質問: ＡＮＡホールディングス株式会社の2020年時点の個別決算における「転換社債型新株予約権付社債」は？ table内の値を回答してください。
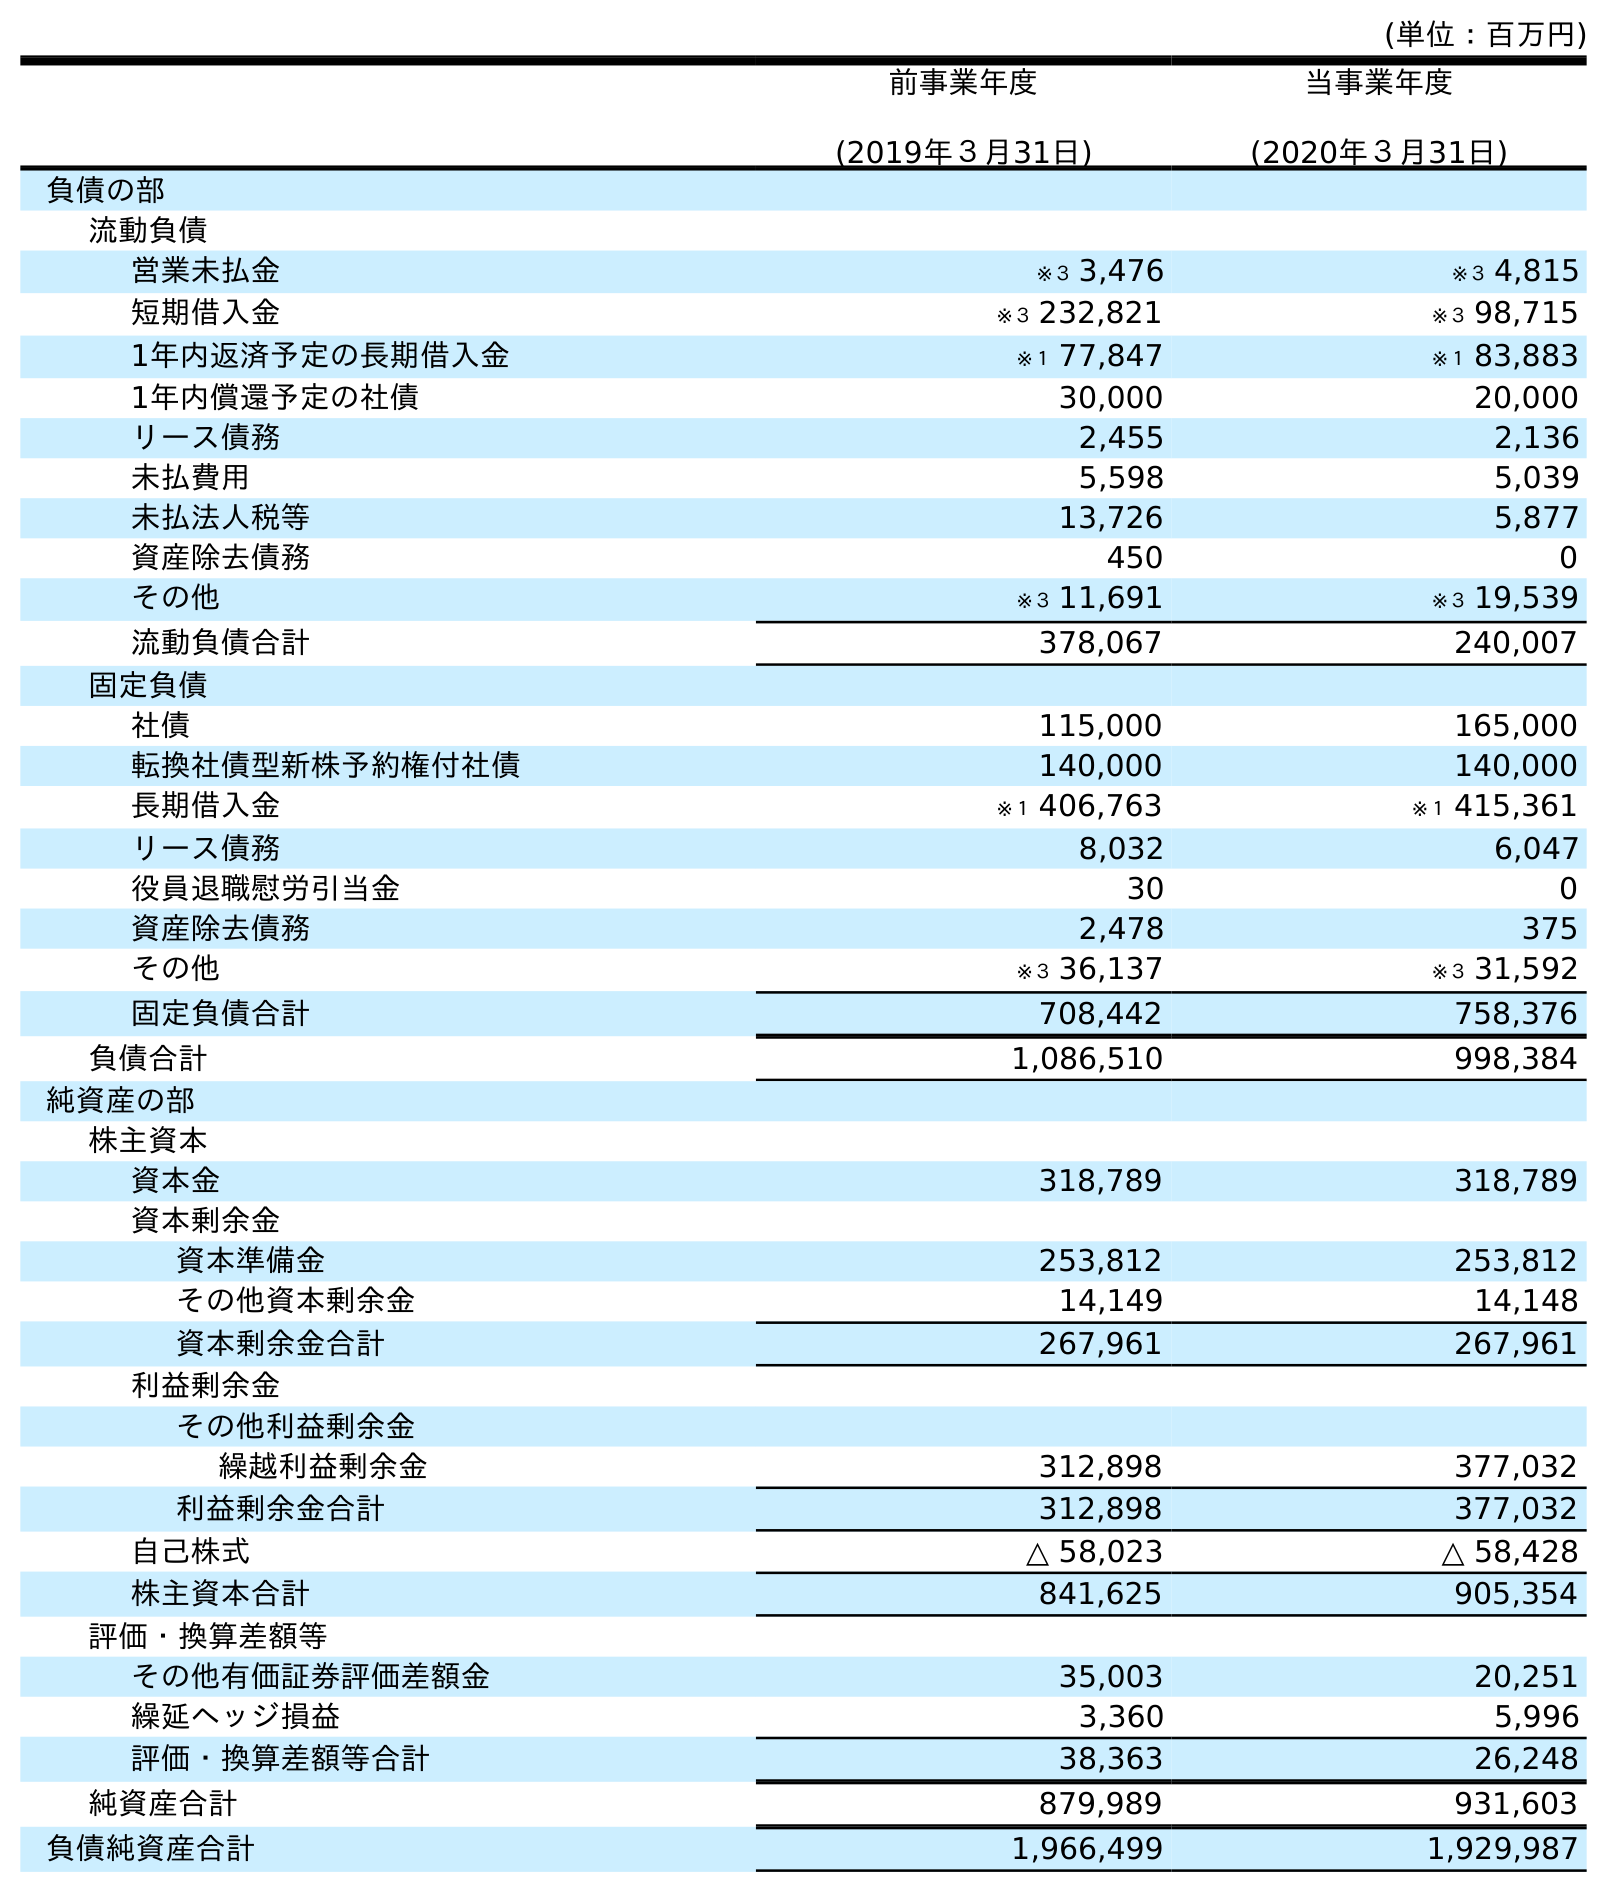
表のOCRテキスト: (単位：百万円) 前事業年度 (2019年３月31日) 当事業年度 (2020年３月31日) 負債の部 流動負債 営業未払金 ※３ 3,476 ※３ 4,815 短期借入金 ※３ 232,821 ※３ 98,715 1年内返済予定の長期借入金 ※１ 77,847 ※１ 83,883 1年内償還予定の社債 30,000 20,000 リース債務 2,455 2,136 未払費用 5,598 5,039 未払法人税等 13,726 5,877 資産除去債務 450 0 その他 ※３ 11,691 ※３ 19,539 流動負債合計 378,067 240,007 固定負債 社債 115,000 165,000 転換社債型新株予約権付社債 140,000 140,000 長期借入金 ※１ 406,763 ※１ 415,361 リース債務 8,032 6,047 役員退職慰労引当金 30 0 資産除去債務 2,478 375 その他 ※３ 36,137 ※３ 31,592 固定負債合計 708,442 758,376 負債合計 1,086,510 998,384 純資産の部 株主資本 資本金 318,789 318,789 資本剰余金 資本準備金 253,812 253,812 その他資本剰余金 14,149 14,148 資本剰余金合計 267,961 267,961 利益剰余金 その他利益剰余金 繰越利益剰余金 312,898 377,032 利益剰余金合計 312,898 377,032 自己株式 △ 58,023 △ 58,428 株主資本合計 841,625 905,354 評価・換算差額等 その他有価証券評価差額金 35,003 20,251 繰延ヘッジ損益 3,360 5,996 評価・換算差額等合計 38,363 26,248 純資産合計 879,989 931,603 負債純資産合計 1,966,499 1,929,987
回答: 140,000